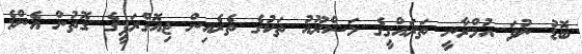
ބޮޑު ނުވަ އުމްރާނީ ތަރައްގީގެ މަޝްރޫއު ތަކުގެ ތެރެއިން ޖިއޮގްރަފީގެ ގޮތުން އެންމެ